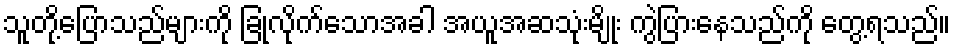
သူတို့ပြောသည်များကို ခြုံလိုက်သောအခါ အယူအဆသုံးမျိုး ကွဲပြားနေသည်ကို တွေ့ရသည်။